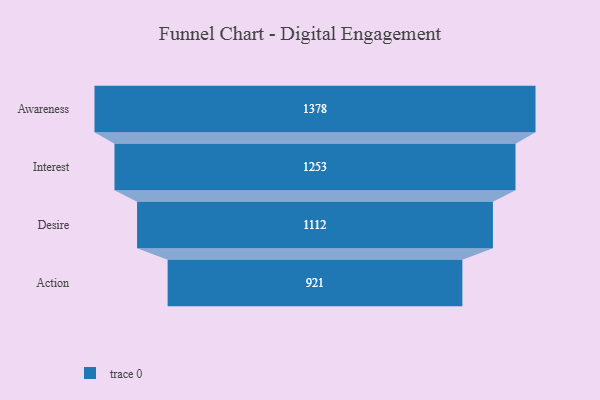
{"axis": {"x": "Stage", "y": "Value"}, "legend": [""], "data": [{"x": "Awareness", "y": 1378.0, "type": ""}, {"x": "Interest", "y": 1253.0, "type": ""}, {"x": "Desire", "y": 1112.0, "type": ""}, {"x": "Action", "y": 921.0, "type": ""}]}